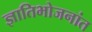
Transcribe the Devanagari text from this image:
ज्ञातिभोजनांत